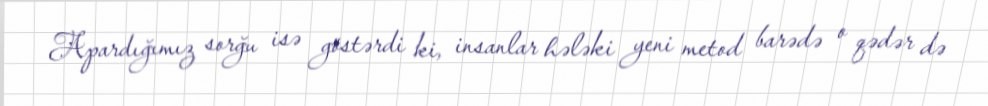
Apardığımız sorğu isə göstərdi ki, insanlar hələki yeni metod barədə o qədər də